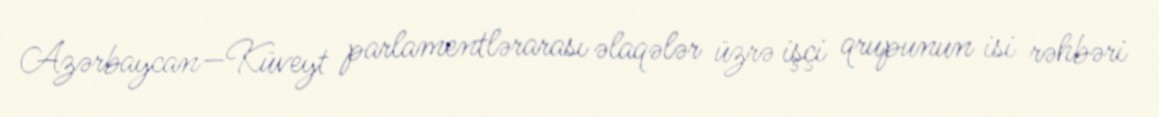
Azərbaycan—Küveyt parlamentlərarası əlaqələr üzrə işçi qrupunun isi rəhbəri